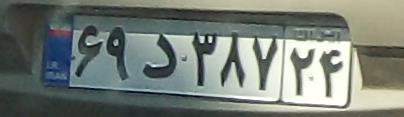
۶۹د۳۸۷۲۴